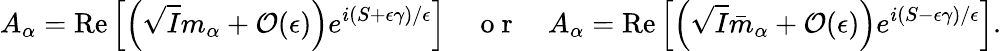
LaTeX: A_{\alpha}=\mathrm{Re}\left[\left(\sqrt{I}m_{\alpha}+\mathcal{O}(\epsilon)\right)e^{i(S+\epsilon\gamma)/\epsilon}\right]\quad\mathrm{~o~r~}\quad A_{\alpha}=\mathrm{Re}\left[\left(\sqrt{I}\bar{m}_{\alpha}+\mathcal{O}(\epsilon)\right)e^{i(S-\epsilon\gamma)/\epsilon}\right].